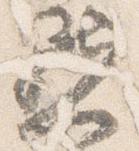
点